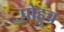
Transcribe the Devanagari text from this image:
पोहुच